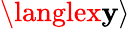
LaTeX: \langlex\mathbf{y}\rangle